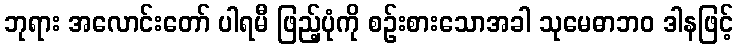
ဘုရား အလောင်းတော် ပါရမီ ဖြည့်ပုံကို စဉ်းစားသောအခါ သုမေဓာဘဝ ဒါနဖြင့်